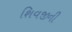
શિવજીની